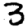
Digit: 3